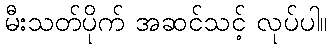
မီးသတ်ပိုက် အဆင်သင့် လုပ်ပါ။